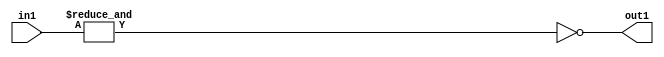
`timescale 1ps / 1ps
/*****************************************************************************
    Verilog RTL Description
    
    
    Created by: Stratus DpOpt 2019.1.01 
*******************************************************************************/

module feature_write_addr_gen_Nei7u3_4_2 (
	in1,
	out1
	); /* architecture "behavioural" */ 
input [2:0] in1;
output  out1;
wire  asc001,
	asc002;

assign asc002 = 
	(&in1);

assign asc001 = 
	((~asc002));

assign out1 = asc001;
endmodule

/* CADENCE  ubH0Qwk= : u9/ySgnWtBlWxVPRXgAZ4Og= ** DO NOT EDIT THIS LINE ******/